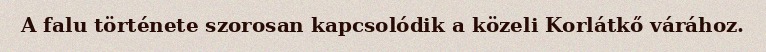
A falu története szorosan kapcsolódik a közeli Korlátkő várához.